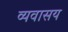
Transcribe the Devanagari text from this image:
व्यवासय